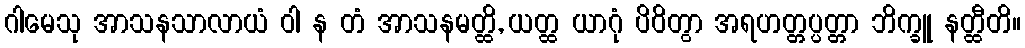
ဂါမေသု အာသနသာလာယံ ဝါ န တံ အာသနမတ္ထိ, ယတ္ထ ယာဂုံ ပိဝိတွာ အရဟတ္တပ္ပတ္တာ ဘိက္ခူ နတ္ထီတိ။